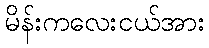
မိန်းကလေးငယ်အား